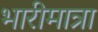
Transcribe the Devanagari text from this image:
भारीमात्रा